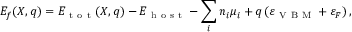
E _ { f } ( X , q ) = E _ { \mathrm { ~ t ~ o ~ t ~ } } ( X , q ) - E _ { \mathrm { ~ h ~ o ~ s ~ t ~ } } - \sum _ { i } n _ { i } \mu _ { i } + q \left( \varepsilon _ { \mathrm { ~ V ~ B ~ M ~ } } + \varepsilon _ { F } \right) ,